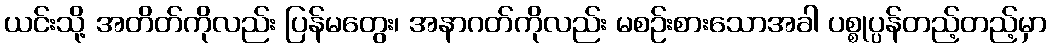
ယင်းသို့ အတိတ်ကိုလည်း ပြန်မတွေး၊ အနာဂတ်ကိုလည်း မစဉ်းစားသောအခါ ပစ္စုပ္ပန်တည့်တည့်မှာ